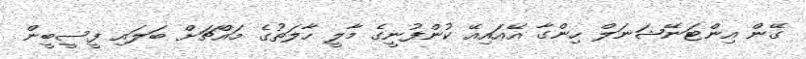
ގޭން އިންޓަނޭޝަނަލް ހިންގާ އޭއައިއޭ ކުންފުނީގެ މާލީ ހާލަތުގެ މައްޗަށް ބަލައި ފީސީބީން